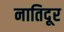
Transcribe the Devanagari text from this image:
नातिदूर